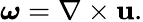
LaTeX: {\boldsymbol{\omega}}=\nabla\times\mathbf{u}.